65_HS1-834228961_62-HQ-83894_Section_3
Agency: FBI
Page 93
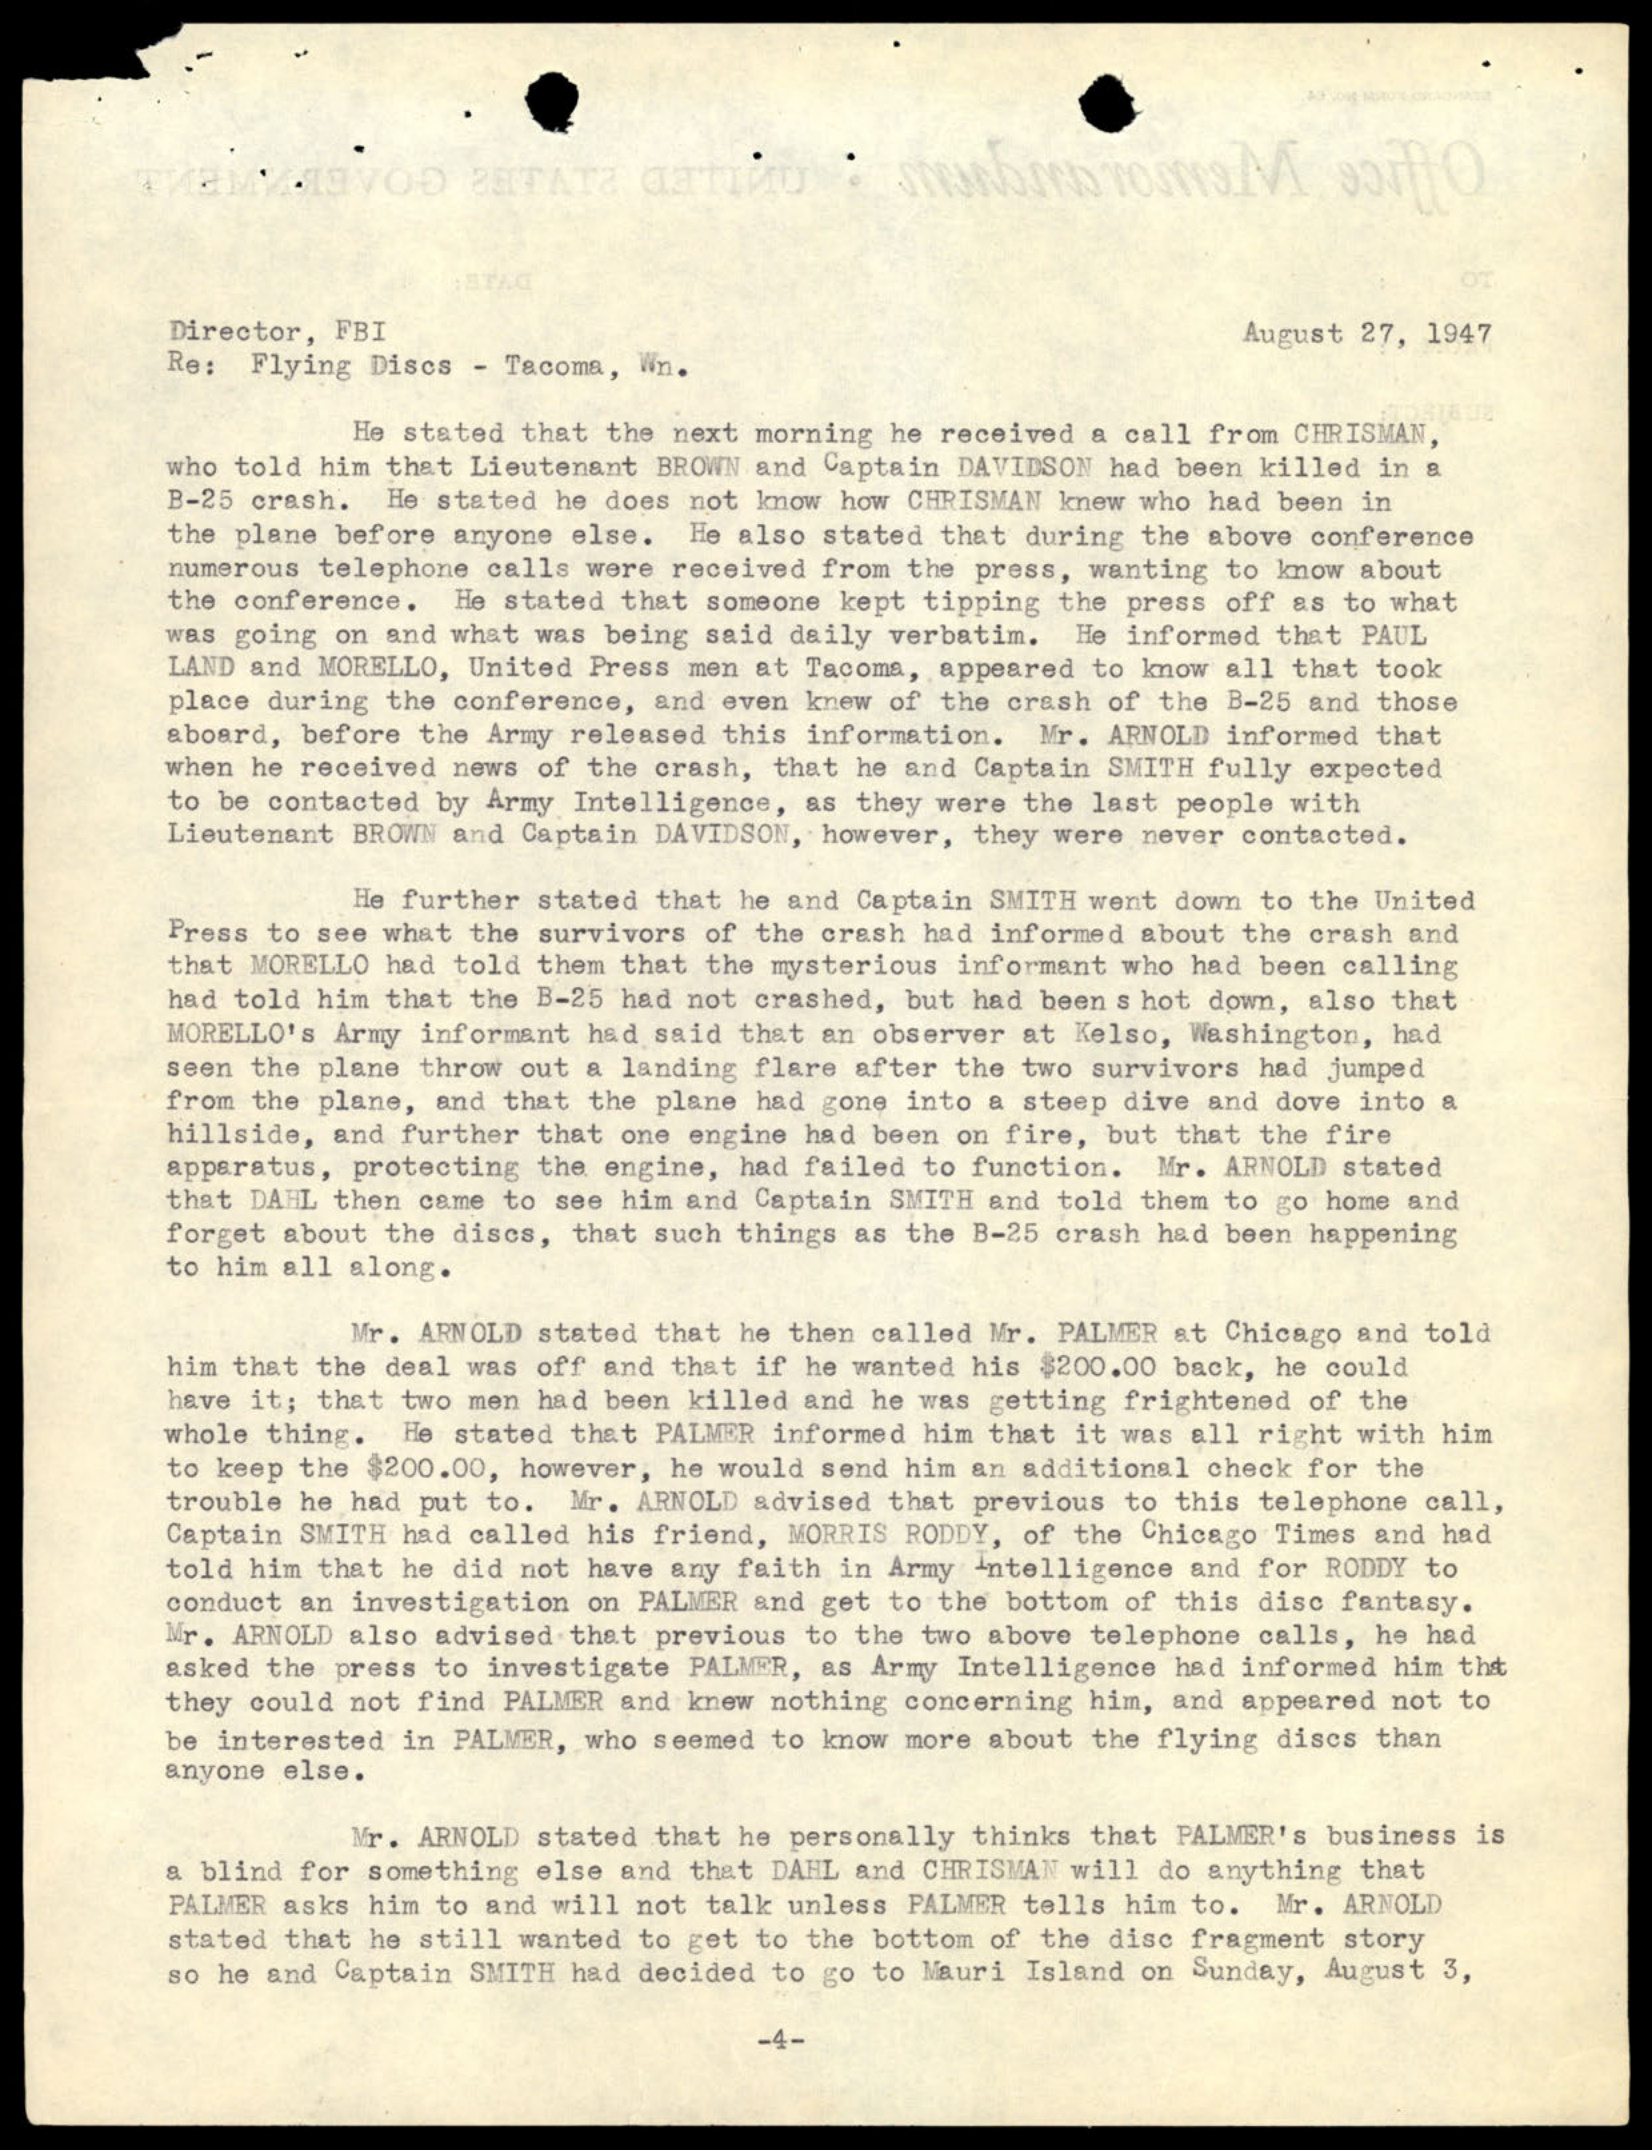